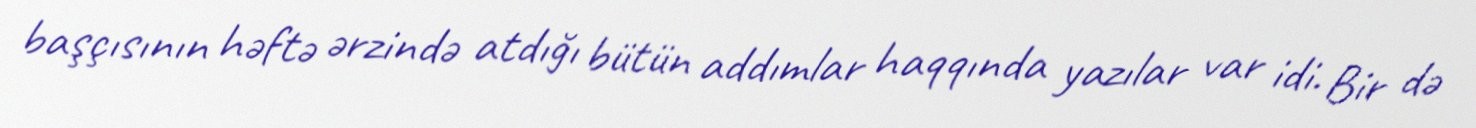
başçısının həftə ərzində atdığı bütün addımlar haqqında yazılar var idi. Bir də